Report on sanitation, dispensaries, and jails in Rajputana for 1912, and on vaccination for the year 1912-1913 - 1912-1913
Year: 1912
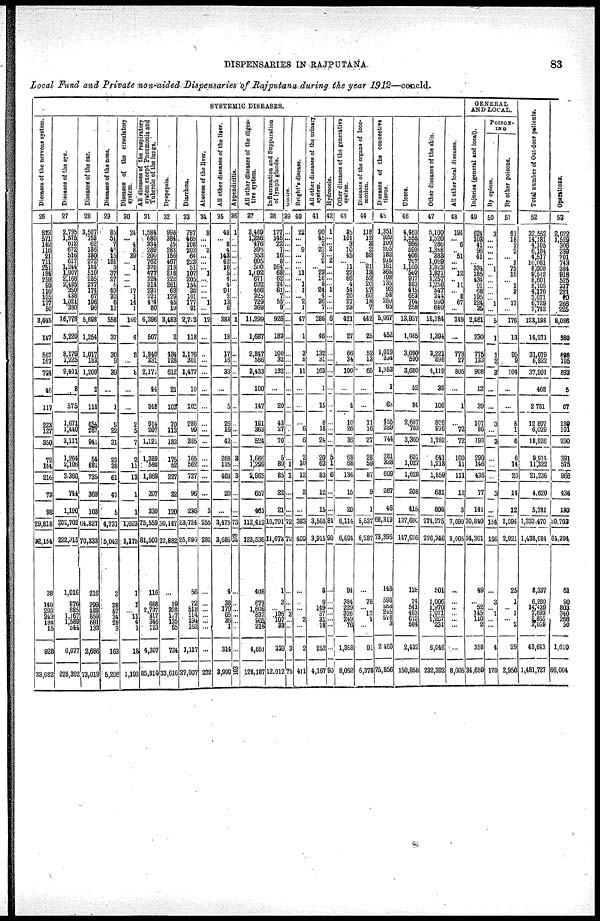
DISPENSARIES IN RAJPUTANA.
83
Local Fund and Private non-aided Dispensaries of Rajputana during the year 1912—concld.
SYSTEMIC DISEASES.
Diseases of the nervous system.
26
823
571
142
116
21
711 251 184
259
99
116
125
177
50
3,645
147
557
167
734
46
117
223
127
350
72
144
216
73
98
29,818
32,154
38
149
299
243
184
15
928
33,082
Diseases
of the eye.
27
2,795
1,575
612
672
516
617
1,244
1,907
2,166
2485
350
438
1,021
380
16,778
5,220
8,176
1,225
9,401
8
575
1,671
1,440
3,111
1,264
2,106
3,360
744
1,190
202,702
222,315
1,016
876
885
1,167 1,589 544
6,077
228,392
Diseases of the ear.
28
3,507
752
62
186
130
272
184
510
285
227 174
67
196
96
5,698
1,254
1,017
183
1,200
2
118
654
287
941
54
681
735
368
103
64,827
70,333
216
?99
488
659
691
133
2,686
73,019
Diseases of the nose.
29
85
51
7
46 15
184
3
37
27
5
40
30
6
12
558
37
30
9
39
...
1
9
22
31
23
38
61
47
5
4,731
5,043
3
38
57
34
28
3
163
5,206
Diseases of the circulatory
system.
30
24
...
4
8
39
...
1
...
...
... 17
1
14
1
109
4
8
...
8
...
...
2
5
7
2
11
13
1
1
1,023
1,175
1
1
... 11
4
1
18
1,193
All diseases of the respiratory
system except Pneumonia and
Tubercle of the lungs.
31
1,584
680
334
289
200
762
376
477
324
314
231
221
424
80
6,396
507
1,840
331
2,171
44
348
914
207
1,121
1,389
580
1,969
207
330
75,559
81,503
116
668
2,737
317
346
123
4,307
85,810
Dyspepsia.
32
998
384
25
283
156
467
213
218
222
261
63
129
45
19
3,483
2
484
128
612
21
103
70
113
183
175
62
227
32
120
30,147
32,882
...
19
328
167
135
65
734
33,616
Diarrhœa.
33
787
465
108
202
64
223
51
107
205
154
38
101
177
91
2,773
118
1, 176 301
1,477
10
102
286
99
385
165
562
727
96
236
23,724
25,890
56
72
518
114
194
163
1,117
27,007
Abscess of the liver.
34
8
...
... 2
...
...
...
1
...
...
...
... 1
...
12
... ...
...
...
...
...
...
...
...
...
...
...
...
3
255
282
...
...
...
...
...
...
...
232
All other diseases of the liver.
35
48
... 8
4
143
42
10
5
4
4
94
2
13
6
383
18
17
16
33
...
5
26
16
42
268
135
403
20
...
3,475
3,685
4
38
170
65
36
1
314
3,999
Appendicitis.
36
1
...
...
...
...
...
...
...
...
...
...
1
...
...
...
...
...
...
...
...
...
3
... 3
...
...
73
103
...
...
...
...
...
...
...
103
All other diseases of the diges¬
tive system.
37
3,489
1,286
...
395
353
605
500
1,002
671
632
466
325
729
369
11,299
1,687
2,847
586
3,433
100
147
161
363
524
1,666
1,299
2,965
657
461
112,412
123,536
408
677
1,606
837
905
218
4,661
128,187
Inflammation and Suppuration
of lymph glands.
38
177
146
...
...
16
8
264
68
62
24
61 7
55
9
926
183
100
32
132
...
20
43
27
70
5
80
85
22
21
10,701
11,673
1
3
... 195
107
33
339
12,012
Goitre.
39
...
...
...
...
...
...
...
...
...
...
... ...
...
...
...
...
...
...
...
...
...
...
...
...
...
1
1
...
...
72
72
...
...
... 3
...
...
3
75
Bright's disease.
40
22
...
... ...
...
...
...
11
...
1
4
... 2
1
47
1
3
8
11
...
...
...
6
6
2
10
12
2
... 383
409
...
...
...
... 2
...
2
411
All other diseases of the urinary
system.
41
90
45
2
22
7
2
...
28
16
8
24
4
36
7
286
46
132
31
163
1
15
6
18
24
20
63
83
12
15
3,568
3,915
3
9
149
37
31
18
252
4,167
Hydrocele.
42
1
...
... ...
...
2
...
...
...
...
1
...
...
... ...
...
...
...
...
...
...
...
...
...
5
1
6
...
...
84
90
...
...
...
...
...
...
...
90
Other diseases of the generates
system.
43
35
101
3
10
45
...
11
22
66
4
54
20
27
23
421
27
66
34
100
...
4
10
26
36
68
68
136
15
20
6,114
6,694
94
384
229
326
249
76
1,358
8,052
Diseases of the organs of loco-
motion.
44
118
12
3
2
88
...
21
13
53
20
27
60 18
7
442
25
52
13
65
...
...
11
16
27
28
59
87
9
1
5,537
6,287
...
78
... 12
1
...
91
6,378
Diseases of the connective
tissue.
45
1,351
920
100
265
182
945
161
365
198
135
92
58
260
65
5,067
452
1,019
334
1,353
1
63
455
289
744
281
328
609
267
46
68,319
73,396
148
598
888
245
578
3
2,460
75,856
Ulcers.
46
4,463
1,558
996
590
406
767
1,160
507
917
883
415
653
764
258
13,837
1,065
3,090
590
3,680
52
84
2,657
703
3,360
601
1,027
1,628
208
415
137,660
147,626
128
74
541
493
612
584
2,432
150,058
Other diseases of the skin.
47
5,100
1,520
285
1,388
383
1,039
1,823
1,871
1,257
1,256
547
344
930
640
18,384
1,394
3,221
898
4,119
38
106
806
976
1,782
641
1,218
1,859
681
808
274,275
226,346
501
1,006
1,970
1,071
1,207
231
6,046
232,392
All other local diseases.
48
194
...
6
...
51
...
...
12
...
11
...
8
67
...
349
...
778
27
805
...
1
...
72
72
100
11
111
12
3
7,690
8,005
...
...
...
...
...
...
...
8,005
GENERAL
AND LOCAL.
Injuries (general and local).
49
624
103
41
96
41
...
334
185
434
91
68
195
224
35
2,461
230
775
133
908
12
39
107
86
193
290
146
436
77
141
30,840
34,301
49
...
52
145
110
2
358
34,659
POISON¬
ING
By opium.
50
3
...
... ...
...
...
1 ...
...
...
...
...
1
...
5
1
1
2
3
...
...
3
...
3
...
...
...
3
...
154
166
...
3
... 1
...
...
4
170
By other poisons.
51
41
18
2
2
...
1
75
16
...
1
3
...
17
...
176
13
95
9
104
...
...
5
1
6
6
14
20
14
12
2,594
2,921
25
1
... 1
... 2
29
2,950
Total number of Out-door patients.
52
32,552
14,181
4,105
6,184
4,517
10,081
8,008
9,512
8,601
8,105
4,170
3,671
6,729
2,742
123,188
14,271
31,079
6,822
37,901
468
2,781
12,897
6,029
18,926
9,914
11,322
21,236
4,620
5,781
1,333,470
1,438,084
3,337
6,280
14,439
7,693
8,855
3,059
43,643
1,481,727
Operations.
53
2,022
1,529
306
299
01
743
384
918
525
337
221
60
266
225
8,086
380
898
195
893
5
67
189
101
290
391
575
966
436
130
59,702
64,394
61
90
803
340
268
50
1,610
66,004